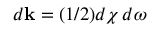
d { \bf k } = ( 1 / 2 ) d \chi \, d \omega